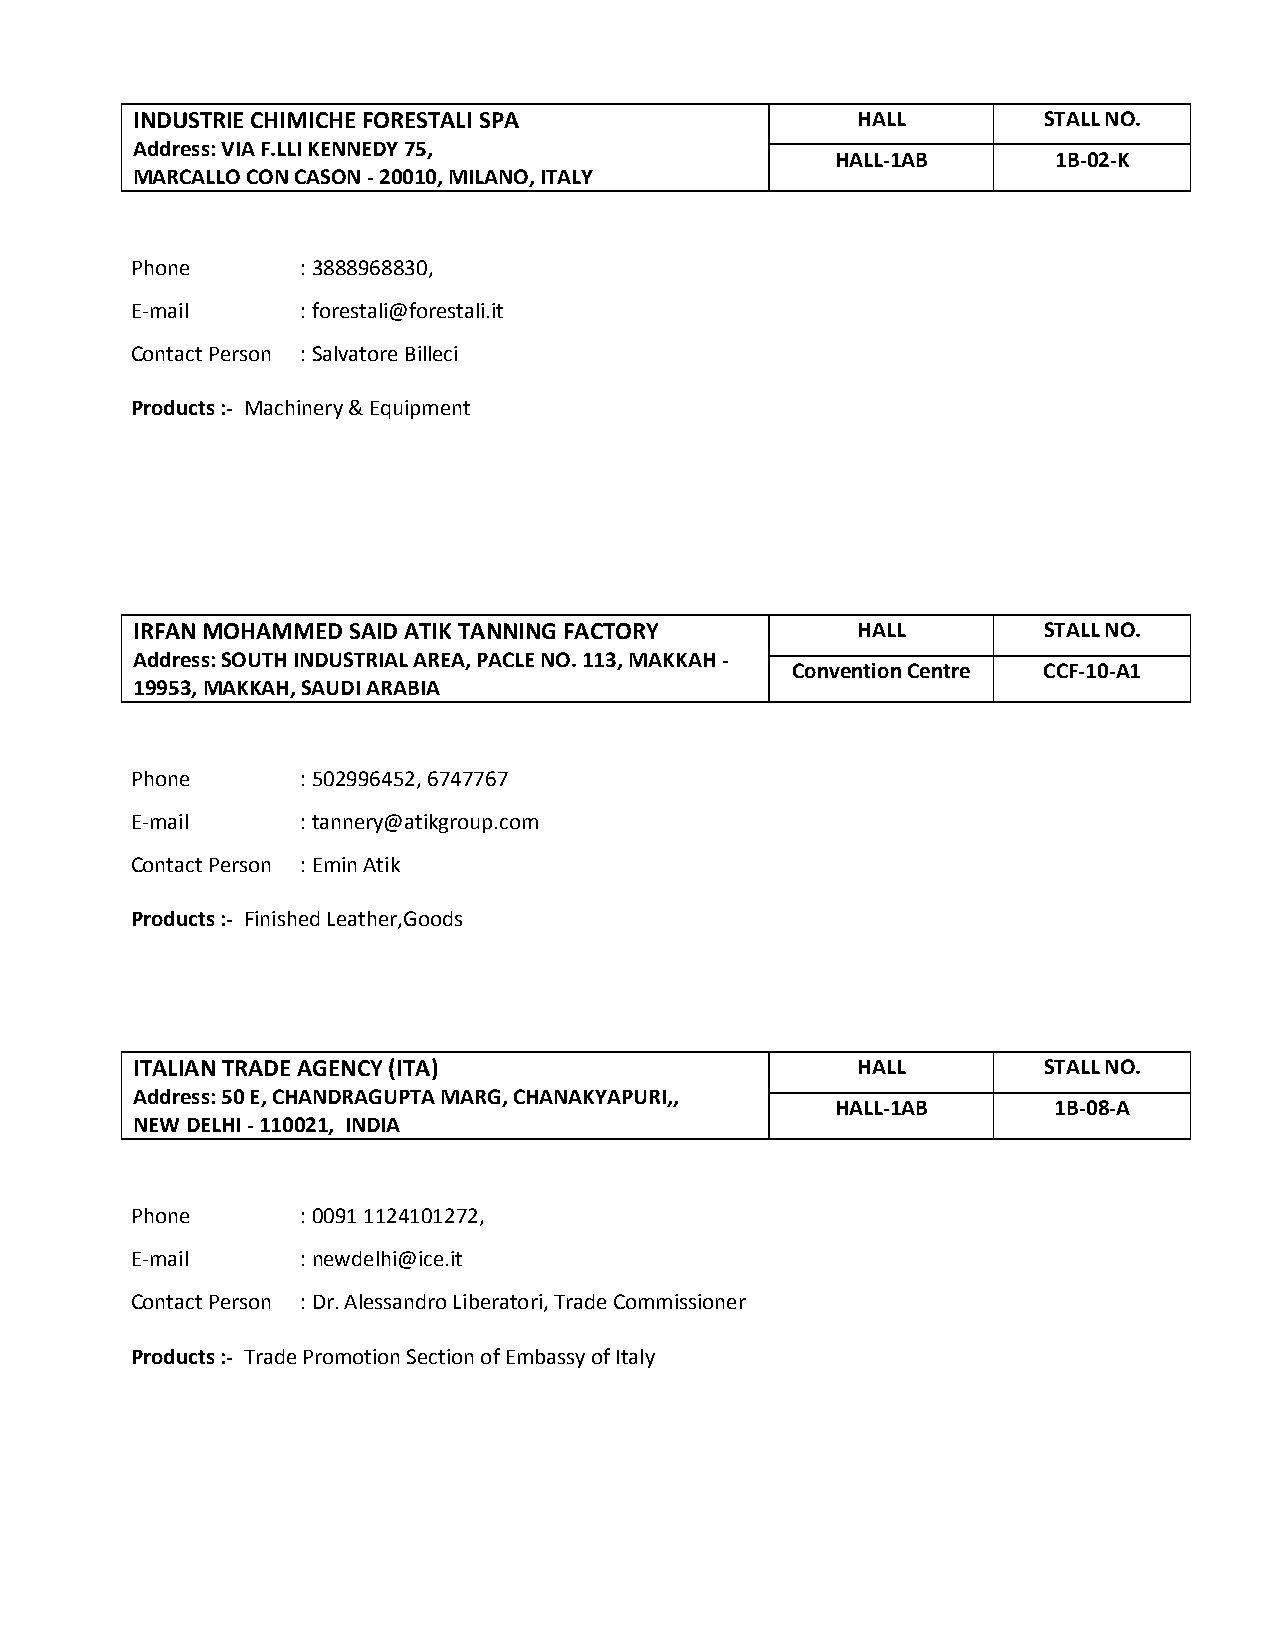
INDUSTRIE CHIMICHE FORESTALI SPA                HALL        STALL NO.
 Address: VIA F.LLI KENNEDY 75,
 HALL-1AB       1B-02-K
 MARCALLO CON CASON - 20010, MILANO, ITALY
 Phone      : 3888968830,
 E-mail     : forestali@forestali.it
 Contact Person : Salvatore Billeci
 Products :- Machinery & Equipment
 IRFAN MOHAMMED SAID ATIK TANNING FACTORY        HALL        STALL NO.
 Address: SOUTH INDUSTRIAL AREA, PACLE NO. 113, MAKKAH -
 Convention Centre CCF-10-A1
 19953, MAKKAH, SAUDI ARABIA
 Phone      : 502996452, 6747767
 E-mail     : tannery@atikgroup.com
 Contact Person : Emin Atik
 Products :- Finished Leather,Goods
 ITALIAN TRADE AGENCY (ITA)                      HALL        STALL NO.
 Address: 50 E, CHANDRAGUPTA MARG, CHANAKYAPURI,,
 HALL-1AB       1B-08-A
 NEW DELHI - 110021, INDIA
 Phone      : 0091 1124101272,
 E-mail     : newdelhi@ice.it
 Contact Person : Dr. Alessandro Liberatori, Trade Commissioner
 Products :- Trade Promotion Section of Embassy of Italy